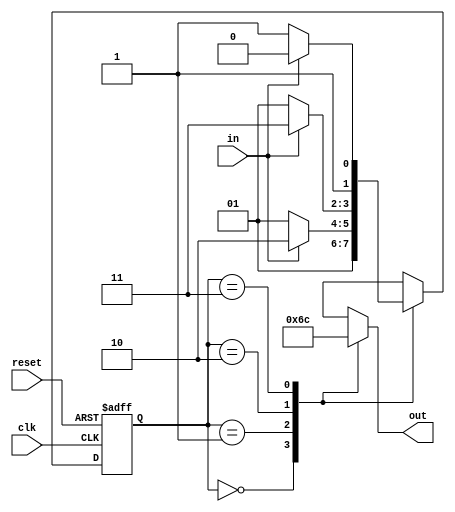
// Quartus Prime Verilog Template
// User-encoded state machine

module user_encoded_state_machine
(
	input	clk, in, reset,
	output reg [1:0] out
);

	// Declare state register
	(* syn_encoding = "user" *) reg [1:0] state;

	// Declare states
	parameter S0 = 0, S1 = 1, S2 = 2, S3 = 3;

	// Output depends only on the state
	always @ (state) begin
		case (state)
			S0:
				out = 2'b01;
			S1:
				out = 2'b10;
			S2:
				out = 2'b11;
			S3:
				out = 2'b00;
			default:
				out = 2'b00;
		endcase
	end

	// Determine the next state
	always @ (posedge clk or posedge reset) begin
		if (reset)
			state <= S0;
		else
			case (state)
				S0:
					state <= S1;
				S1:
					if (in)
						state <= S2;
					else
						state <= S1;
				S2:
					if (in)
						state <= S3;
					else
						state <= S1;
				S3:
					if (in)
						state <= S2;
					else
						state <= S3;
			endcase
	end

endmodule